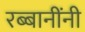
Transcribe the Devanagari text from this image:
रब्बानींनी